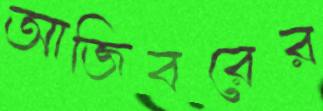
আজিবরের